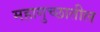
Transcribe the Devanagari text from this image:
महागुच्छातील